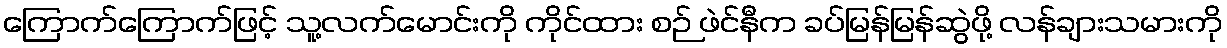
ကြောက်ကြောက်ဖြင့် သူ့လက်မောင်းကို ကိုင်ထား စဉ် ဖဲင်နီက ခပ်မြန်မြန်ဆွဲဖို့ လန်ချားသမားကို